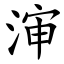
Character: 渖